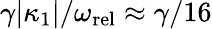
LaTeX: \gamma|\kappa_{1}|/\omega_{\mathrm{rel}}\approx\gamma/16